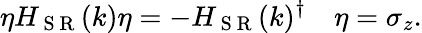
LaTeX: \eta H_{\mathrm{~S~R~}}(k)\eta=-H_{\mathrm{~S~R~}}(k)^{\dagger}\quad\eta=\sigma_{z}.